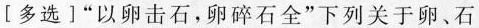
[多选]”以卵击石，卵碎石全”下列关于卵、石